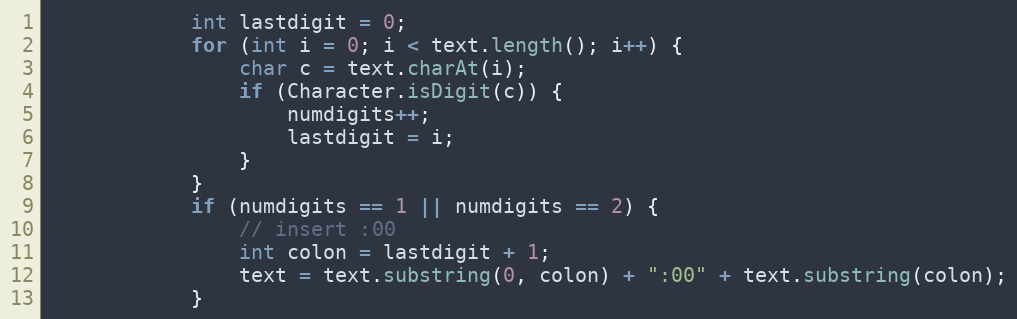
Language: Java
            int lastdigit = 0;
            for (int i = 0; i < text.length(); i++) {
                char c = text.charAt(i);
                if (Character.isDigit(c)) {
                    numdigits++;
                    lastdigit = i;
                }
            }
            if (numdigits == 1 || numdigits == 2) {
                // insert :00
                int colon = lastdigit + 1;
                text = text.substring(0, colon) + ":00" + text.substring(colon);
            }